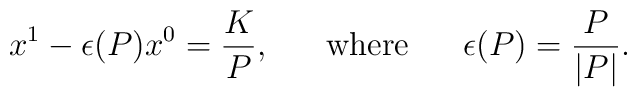
x^1 - \epsilon (P)x^0 =\frac{K}{P},~~~~~\mbox{where}~~~~~ \epsilon (P) =\frac{P}{|P|}.